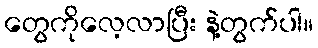
တွေကိုလေ့လာပြီး နဲ့တွက်ပါ။